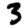
Digit: 3